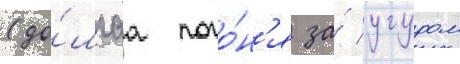
(до́лгаа пого́н'я за́ угуром